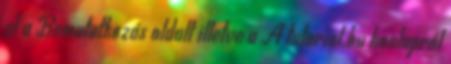
el a Bemutatkozás oldalt illetve a A tutorial.hu honlapról